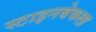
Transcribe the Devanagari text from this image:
स्टाइनबेकला